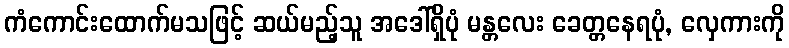
ကံကောင်းထောက်မသဖြင့် ဆယ်မည့်သူ အဒေါ်ရှိပုံ မန္တလေး ခေတ္တနေရပုံ, လှေကားကို